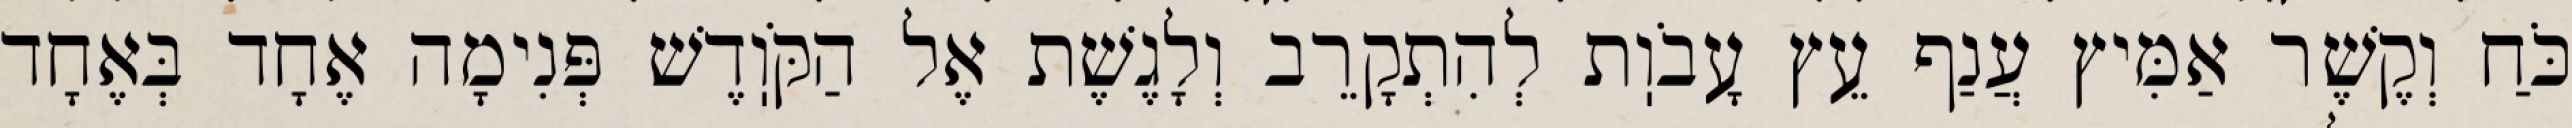
כֹּחַ וְקֶשֶׁר אַמִּיץ עֲנַף עֵץ עָבֹוֽת לְהִתְקָרֵב וְלָגֶשֶׁת אֶל הַקֹּוֽדֶשׁ פְּנִימָה אֶחָד בְּאֶחָד